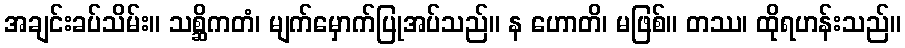
အချင်းခပ်သိမ်း။ သစ္ဆိကတံ၊ မျက်မှောက်ပြုအပ်သည်။ န ဟောတိ၊ မဖြစ်။ တဿ၊ ထိုရဟန်းသည်။